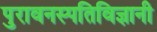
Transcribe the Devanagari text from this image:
पुरावनस्पतिविज्ञानी